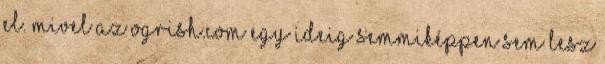
el. Mivel az Ogrish.com egy ideig semmiképpen sem lesz